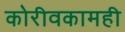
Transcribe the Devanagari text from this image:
कोरीवकामही